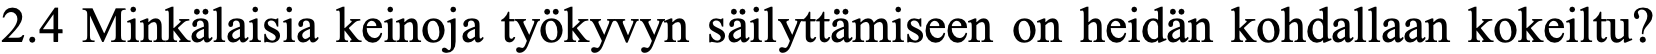
2.4 Minkälaisia keinoja työkyvyn säilyttämiseen on heidän kohdallaan kokeiltu?